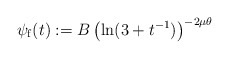
\begin{align*}\psi_\mathrm{f}(t):=B\left(\ln(3+t^{-1})\right)^{-2\mu\theta}\end{align*}